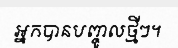
អ្នកបានបញ្ចូលថ្មីៗ។